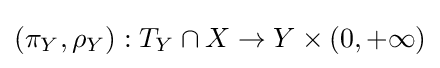
(\pi _{Y},\rho _{Y}):T_{Y}\cap X\to Y\times (0,+\infty )